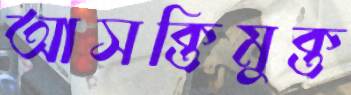
আসক্তিমুক্ত